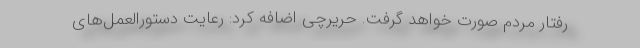
رفتار مردم صورت خواهد گرفت. حریرچی اضافه کرد: رعایت دستورالعمل‌های